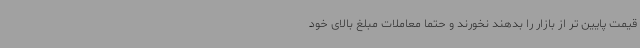
قیمت پایین تر از بازار را بدهند نخورند و حتما معاملات مبلغ بالای خود